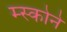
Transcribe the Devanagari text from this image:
म्स्कोने